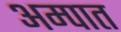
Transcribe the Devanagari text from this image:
अम्पात